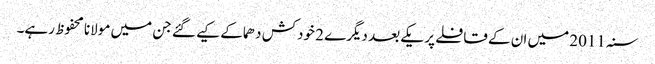
سنہ 2011 میں ان کے قافلے پر یکے بعد دیگرے 2 خودکش دھماکے کیے گئے جن میں مولانا محفوظ رہے۔